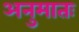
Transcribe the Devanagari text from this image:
अनुमातः